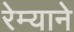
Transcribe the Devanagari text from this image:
रेम्याने